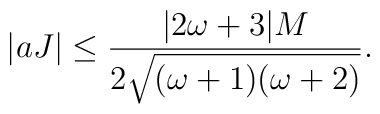
|aJ|\leq \frac{|2\omega+3|M}{2\sqrt{(\omega+1)(\omega+2)}}.